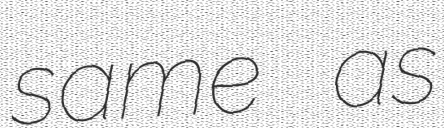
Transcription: same as